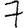
Digit: 7